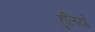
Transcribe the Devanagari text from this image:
हुलियाँ